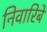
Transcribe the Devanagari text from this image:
निवारिबे